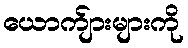
ယောက်ျားများကို